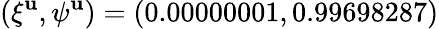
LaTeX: (\xi^{\mathbf{u}},\psi^{\mathbf{u}})=(0.00000001,0.99698287)